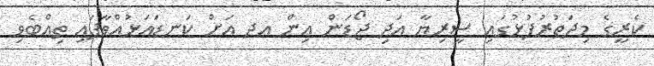
ކެރީގެ މިދަތުރުފުޅުގައި ސީރިޔާ އަދި ޖޯޑަން އިން އދ އަށް ކަނޑައަޅުއްވާފައި ތިއްބެވި